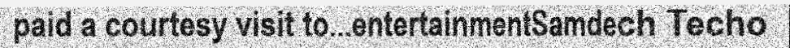
paid a courtesy visit to...entertainmentSamdech Techo